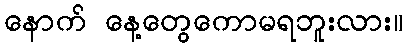
နောက် နေ့တွေကောမရဘူးလား။